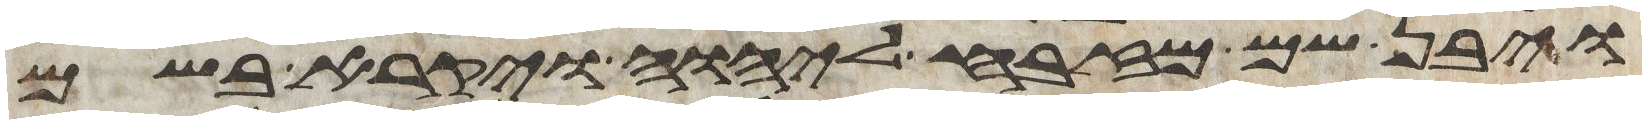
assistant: ויבן שם מזבח ליהוה ויקרא בשם